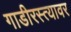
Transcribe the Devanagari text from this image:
गाडीरस्त्यावर